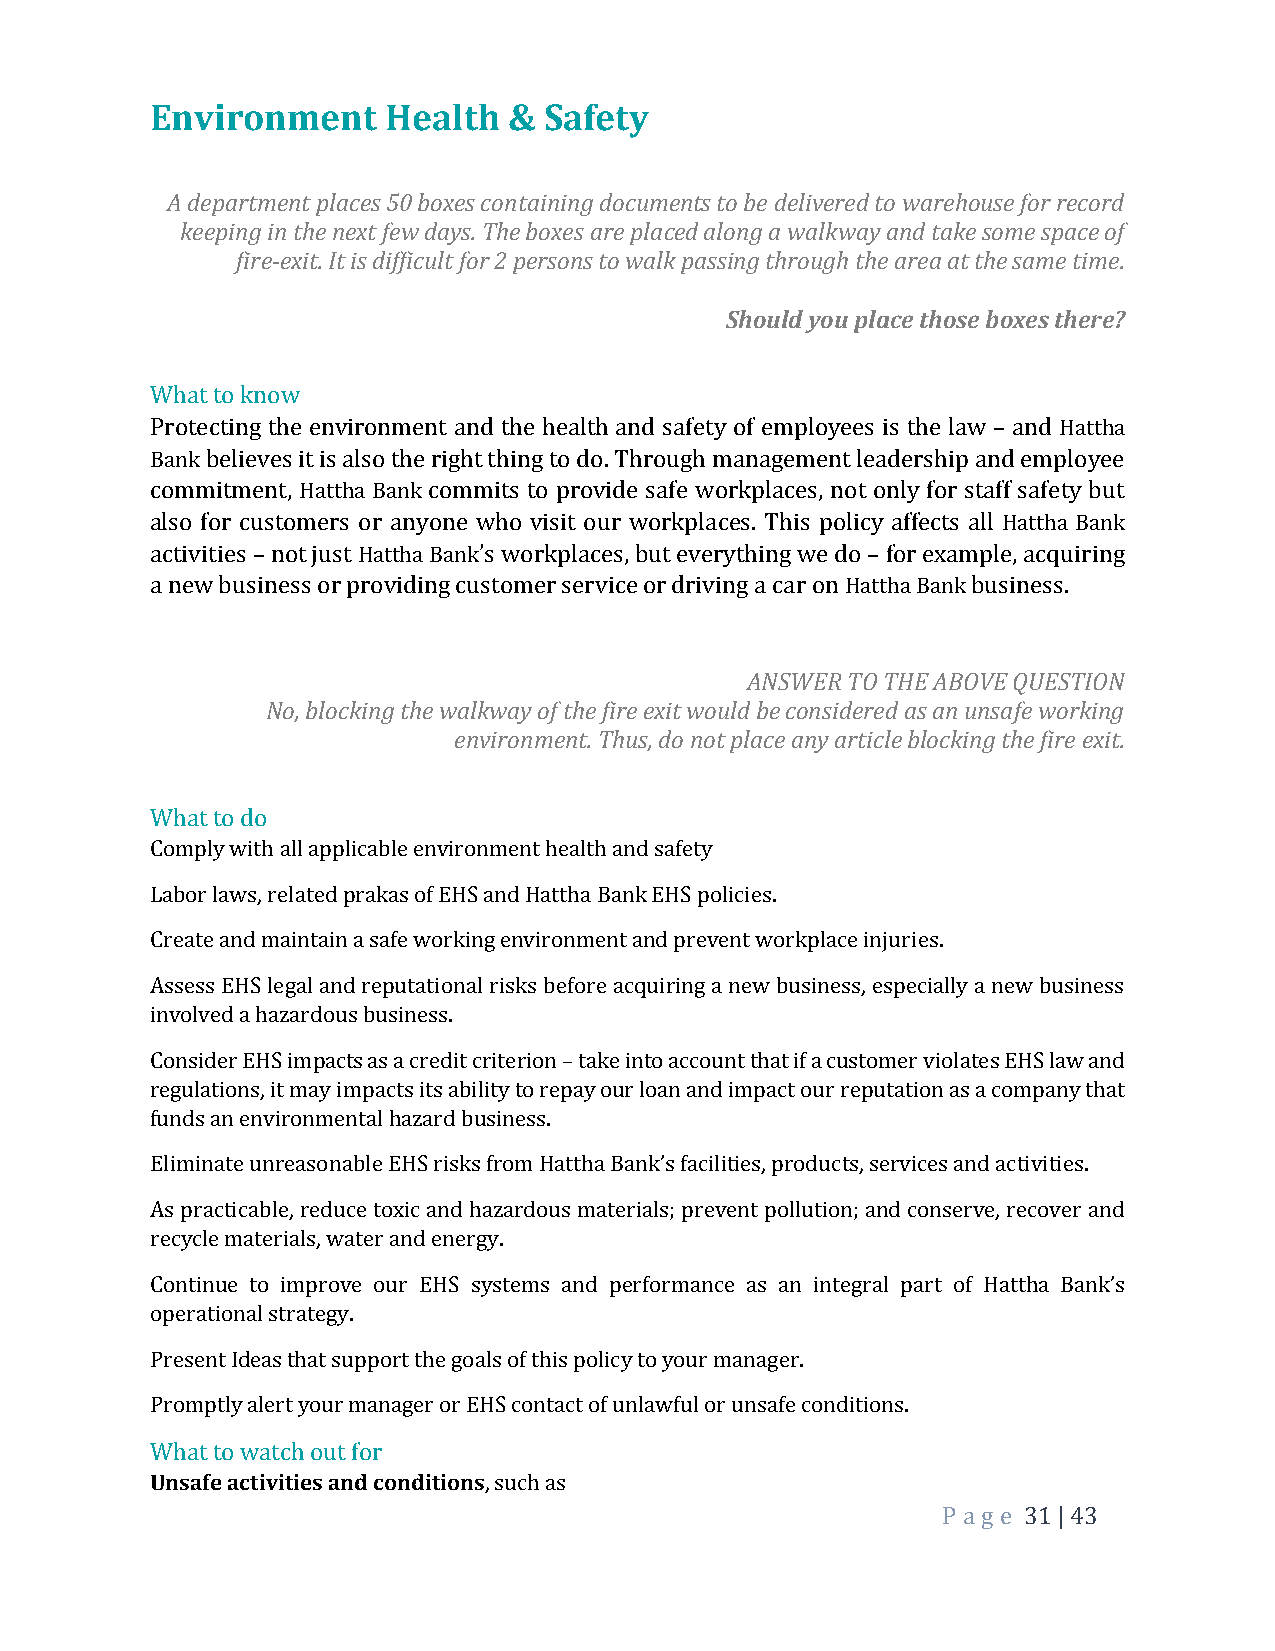
Environment     Health  & Safety
 A department places 50 boxes containing documents to be delivered to warehouse for record
 keeping in the next few days. The boxes are placed along a walkway and take some space of
 fire-exit. It is difficult for 2 persons to walk passing through the area at the same time.
 Should you place those boxes there?
 What to know
 Protecting the environment and the health and safety of employees is the law – and Hattha
 Bank believes it is also the right thing to do. Through management leadership and employee
 commitment, Hattha Bank commits to provide safe workplaces, not only for staff safety but
 also for customers or anyone who visit our workplaces. This policy affects all Hattha Bank
 activities – not just Hattha Bank’s workplaces, but everything we do – for example, acquiring
 a new business or providing customer service or driving a car on Hattha Bank business.
 ANSWER TO THE ABOVE QUESTION
 No, blocking the walkway of the fire exit would be considered as an unsafe working
 environment. Thus, do not place any article blocking the fire exit.
 What to do
 Comply with all applicable environment health and safety
 Labor laws, related prakas of EHS and Hattha Bank EHS policies.
 Create and maintain a safe working environment and prevent workplace injuries.
 Assess EHS legal and reputational risks before acquiring a new business, especially a new business
 involved a hazardous business.
 Consider EHS impacts as a credit criterion – take into account that if a customer violates EHS law and
 regulations, it may impacts its ability to repay our loan and impact our reputation as a company that
 funds an environmental hazard business.
 Eliminate unreasonable EHS risks from Hattha Bank’s facilities, products, services and activities.
 As practicable, reduce toxic and hazardous materials; prevent pollution; and conserve, recover and
 recycle materials, water and energy.
 Continue to improve our EHS systems and performance as an integral part of Hattha Bank’s
 operational strategy.
 Present Ideas that support the goals of this policy to your manager.
 Promptly alert your manager or EHS contact of unlawful or unsafe conditions.
 What to watch out for
 Unsafe activities and conditions, such as
 P a ge 31 | 43